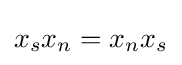
x_{s}x_{n}=x_{n}x_{s}